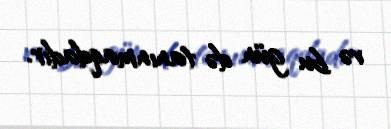
və bu gün də tanınmaqdadır.